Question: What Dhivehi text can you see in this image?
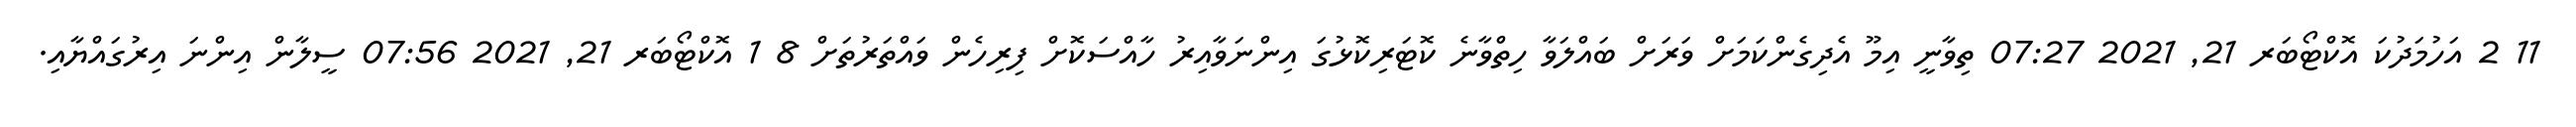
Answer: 11 2 އަހުމަދުކަ އޮކްޓޯބަރ 21, 2021 07:27 ތިވާނީ އިމޫ އެދިގެންކަމަށް ވަރަށް ބައްލަވާ ހިތްވާނެ ކޮޓަރިކޮޅުގަ އިންނަވާއިރު ހާއްސަކޮށް ފިރިހެން ވައްތަރުތަށް 8 1 އޮކްޓޯބަރ 21, 2021 07:56 ސީލާން އިންނަ އިރުގައްޔާއި.